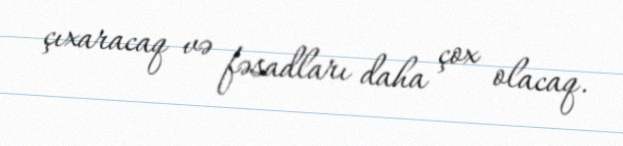
çıxaracaq və fəsadları daha çox olacaq.